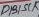
Text: D13/SCK